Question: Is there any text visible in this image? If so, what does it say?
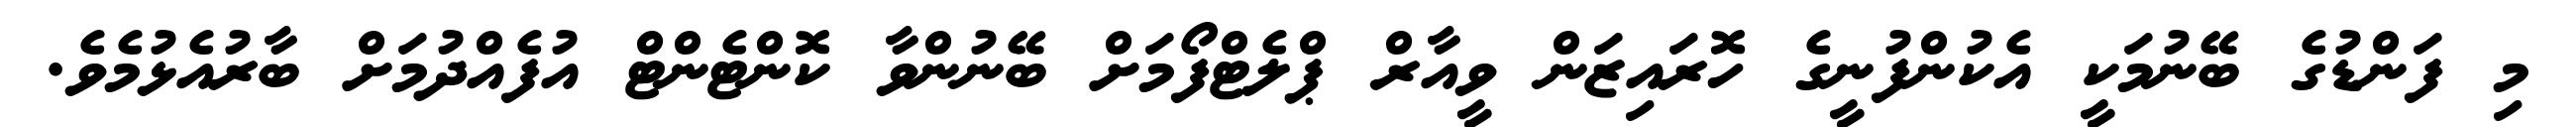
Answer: މި ފަންޑުގެ ބޭނުމަކީ އެކުންފުނީގެ ހޮރައިޒަން ވީއާރް ޕްލެޓްފޯމަށް ބޭނުންވާ ކޮންޓެންޓް އުފެއްދުމަށް ބާރުއެޅުމެވެ.